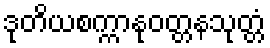
ဒုတိယစက္ကာနုဝတ္တနသုတ္တံ